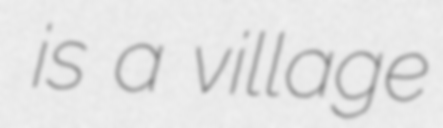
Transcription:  is a village